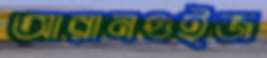
আরানগুইজ